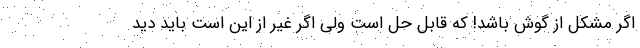
اگر مشکل از گوش باشد! که قابل حل است ولی اگر غیر از این است باید دید